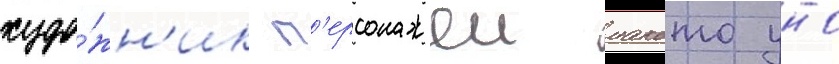
худо́жн'ик п'ерсонажеи макото уно